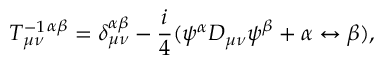
T _ { \mu \nu } ^ { - 1 } { } ^ { \alpha \beta } = \delta _ { \mu \nu } ^ { \alpha \beta } - \frac { i } { 4 } ( \psi ^ { \alpha } { \cal D } _ { \mu \nu } \psi ^ { \beta } + \alpha \leftrightarrow \beta ) ,